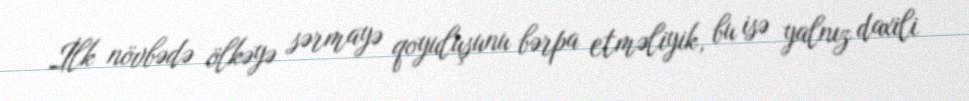
İlk növbədə ölkəyə sərmayə qoyuluşunu bərpa etməliyik, bu isə yalnız daxili